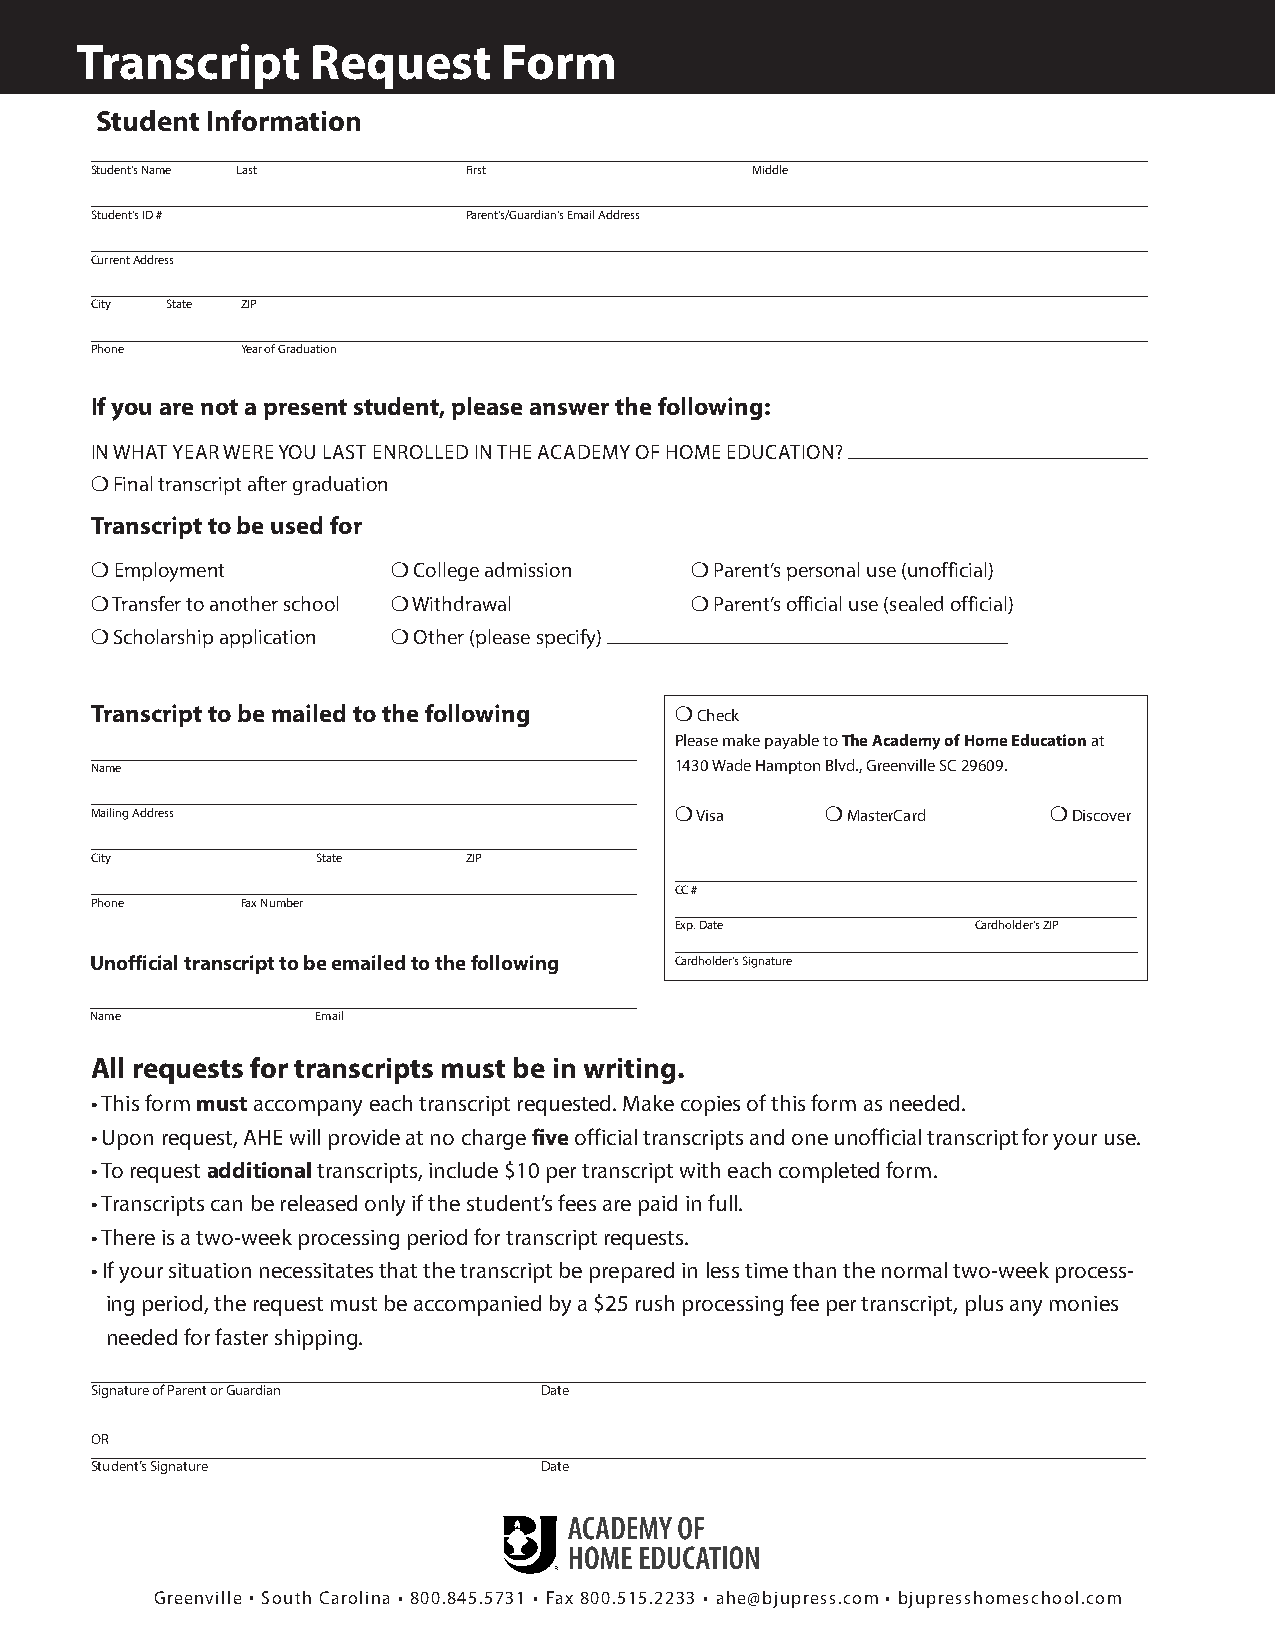
Transcript      Request     Form
 Student Information
 Student’s Name Last      First              Middle
 Student’s ID #           Parent’s/Guardian’s Email Address
 Current Address
 City State ZIP
 Phone     Year of Graduation
 If you are not a present student, please answer the following:
 IN WHAT YEAR WERE YOU LAST ENROLLED IN THE ACADEMY OF HOME EDUCATION?
 ❍ Final transcript after graduation
 Transcript to be used for
 ❍ Employment        ❍ College admission ❍ Parent’s personal use (unofficial)
 ❍ Transfer to another school ❍ Withdrawal ❍ Parent’s official use (sealed official)
 ❍ Scholarship application ❍ Other (please specify)
 Transcript to be mailed to the following ❍ Check
 Please make payable to The Academy of Home Education at
 Name                                   1430 Wade Hampton Blvd., Greenville SC 29609.
 Mailing Address                        ❍ Visa    ❍ MasterCard  ❍ Discover
 City           State     ZIP
 CC #
 Phone     Fax Number
 Exp. Date           Cardholder’s ZIP
 Unofficial transcript to be emailed to the following Cardholder’s Signature
 Name           Email
 All requests for transcripts must be in writing.
 • This form must accompany each transcript requested. Make copies of this form as needed.
 • Upon request, AHE will provide at no charge five official transcripts and one unofficial transcript for your use.
 • To request additional transcripts, include $10 per transcript with each completed form.
 • Transcripts can be released only if the student’s fees are paid in full.
 • There is a two-week processing period for transcript requests.
 • If your situation necessitates that the transcript be prepared in less time than the normal two-week process-
 ing period, the request must be accompanied by a $25 rush processing fee per transcript, plus any monies
 needed for faster shipping.
 Signature of Parent or Guardian Date
 OR
 Student’s Signature           Date
 Greenville • South Carolina • 800.845.5731 • Fax 800.515.2233 • ahe@bjupress.com • bjupresshomeschool.com